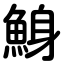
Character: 鯓